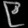
Digit: ၉